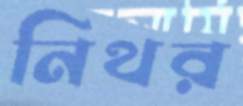
নিথর